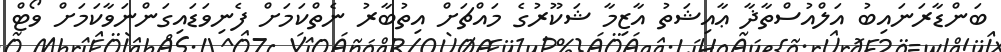
ބަންޑާރަނައިބު އަލްއުސްތާޛާ ޢާއިޝަތު އާޒިމާ ޝަކޫރުގެ މައްޗަށް އިތުބާރު ނެތްކަމަށް ފެނިވަޑައިގަންނަވާކަމަށް ވޯޓް